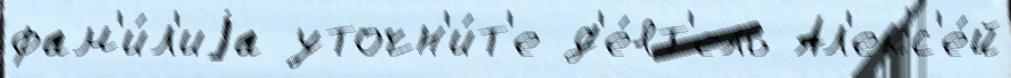
фам'и́л'иjа уточн'и́т'е д'е́ят'ель Ал'екс'е́й